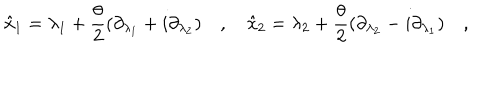
\hat { x } _ { 1 } = \lambda _ { 1 } + \frac { \theta } { 2 } ( \partial _ { \lambda _ { 1 } } + i \partial _ { \lambda _ { 2 } } ) \quad , \quad \hat { x } _ { 2 } = \lambda _ { 2 } + \frac { \theta } { 2 } ( \partial _ { \lambda _ { 2 } } - i \partial _ { \lambda _ { 1 } } ) \quad ,